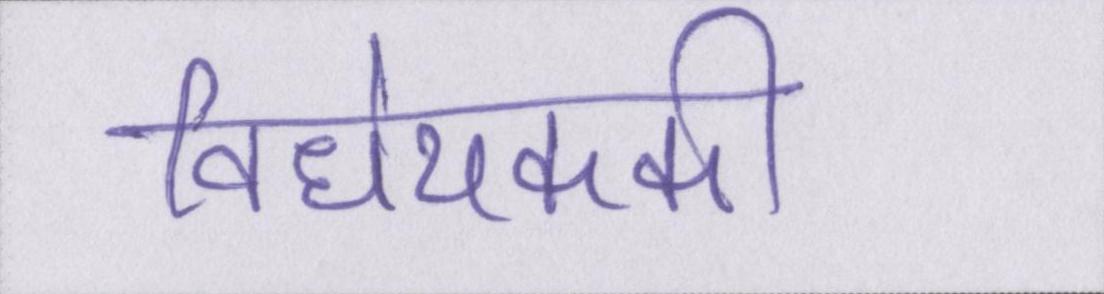
विधेयककी